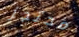
محتجز